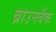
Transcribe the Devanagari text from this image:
ब्राउनबैक